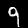
Digit: 9